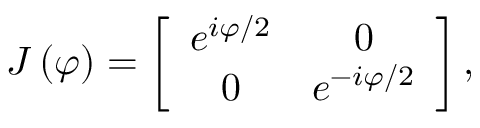
J \left( \varphi \right) = \left[ \begin{array} { c c } { e ^ { i \varphi / 2 } } & { 0 } \\ { 0 } & { e ^ { - i \varphi / 2 } } \end{array} \right] ,